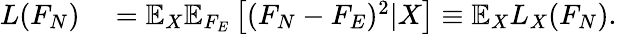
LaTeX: \begin{array}{rl}{L(F_{N})}&{{}=\mathbb{E}_{X}\mathbb{E}_{F_{E}}\left[(F_{N}-F_{E})^{2}|X\right]\equiv\mathbb{E}_{X}L_{X}(F_{N}).}\end{array}